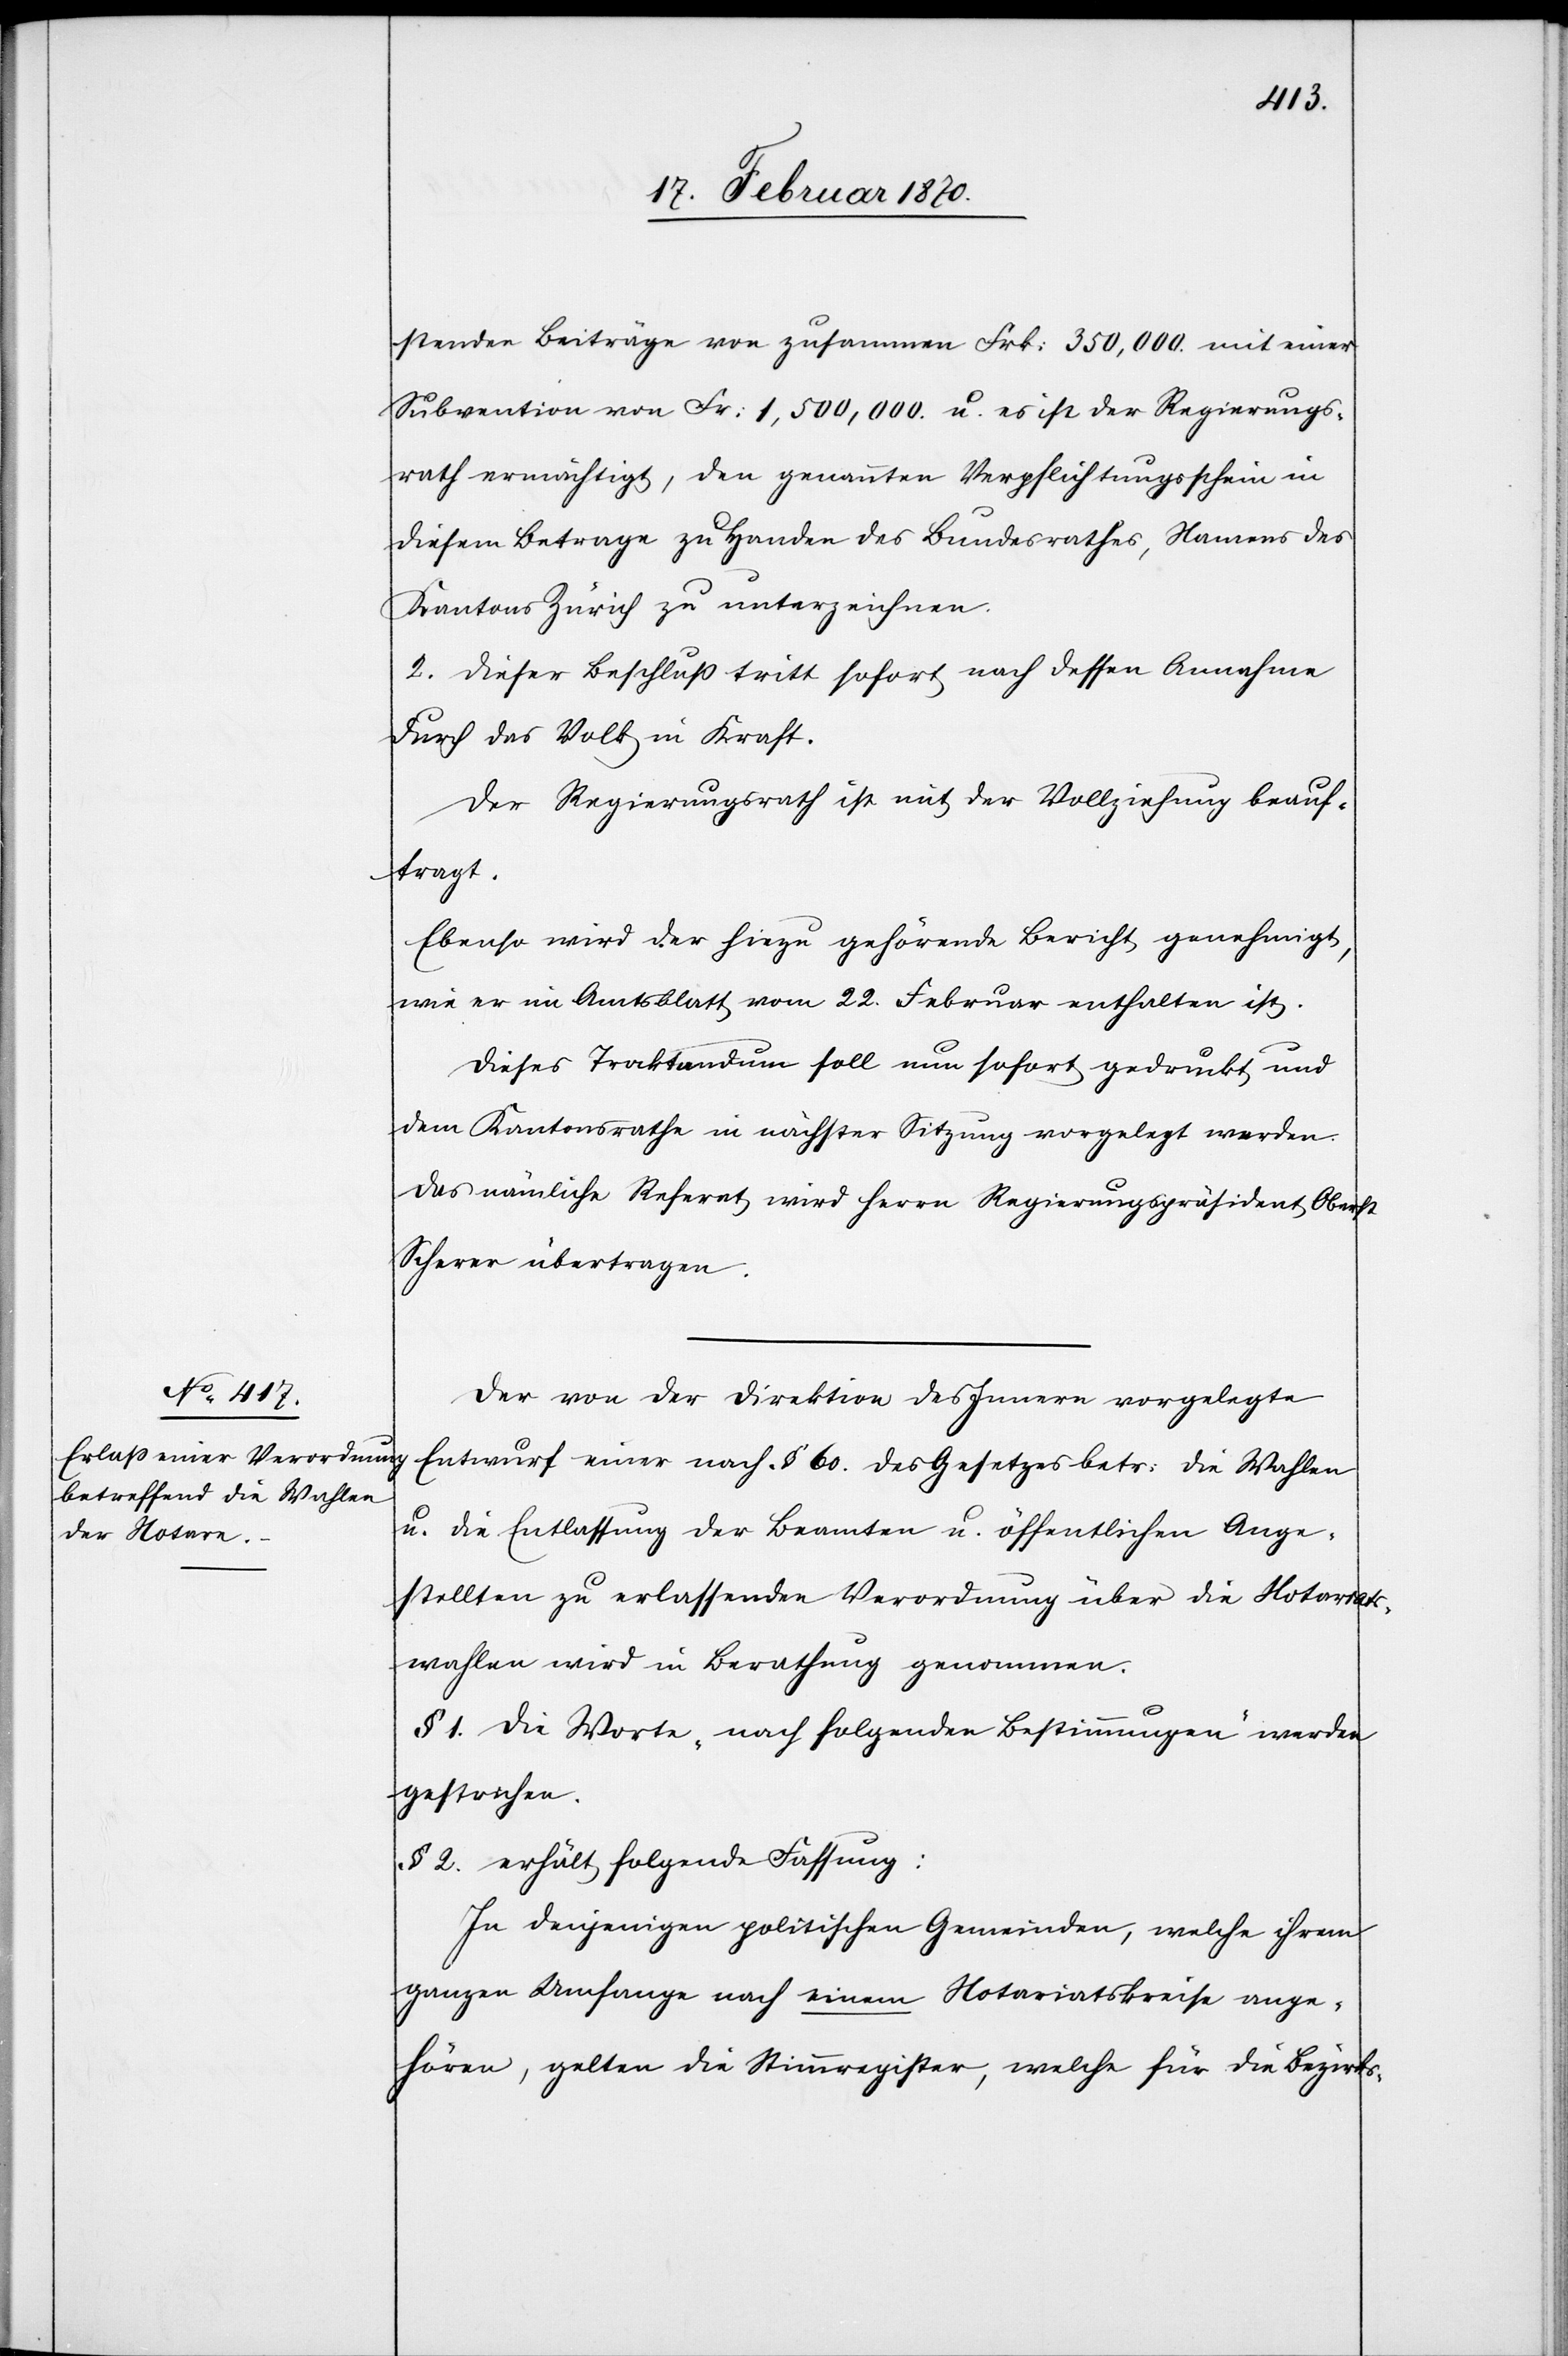
stenden Beiträge von zusammen Frk. 350,000. mit einer
Subvention von Fr: 1,500,000. u. es ist der Regierungs¬
rath ermächtigt, den genannten Verpflichtungsschein in
diesem Betrage zu Handen des Bundesrathes, Namens des
Kantons Zürich zu unterzeichnen.
2. Dieser Beschluss tritt sofort nach dessen Annahme
durch das Volk in Kraft.
Der Regierungsrath ist mit der Vollziehung beauf¬
tragt.
Ebenso wird der hiezu gehörende Bericht genehmigt,
wie er im Amtsblatt vom 22. Februar enthalten ist.
Dieses Traktandum soll nun sofort gedruckt und
dem Kantonsrathe in nächster Sitzung vorgelegt werden.
Das nämliche Referat wird Herrn Regierungspräsident Oberst
Scherer übertragen.
Der von der Direktion des Innern vorgelegte
Entwurf einer nach § 60. des Gesetzes betr: die Wahlen
u. die Entlassung der Beamten u. öffentlichen Ange¬
stellten zu erlassenden Verordnung über die Notariats¬
wahlen wird in Berathung genommen.
§ 1. Die Worte „nach folgenden Bestimmungen“ werden
gestrichen.
§ 2. erhält folgende Fassung:
In denjenigen politischen Gemeinden, welche ihrem
ganzen Umfange nach einem Notariatskreise ange¬
hören, gelten die Stimmregister, welche für die Bezirks-